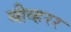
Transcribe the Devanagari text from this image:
बीव्हरर